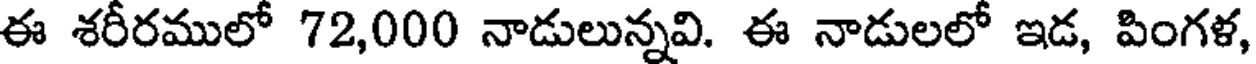
ఈ శరీరములో 72,000 నాడులున్నవి. ఈ నాడులలో ఇడ, పింగళ,